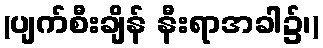
(ပျက်စီးချိန် နီးရာအခါ၌၊)